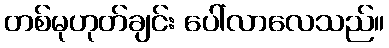
တစ်မုဟုတ်ချင်း ပေါ်လာလေသည်။